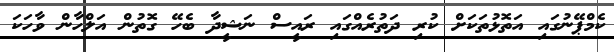
ކެމްޕޭނުގައި އަތޮޅުތަކަށް ކުރި ދަތުރެއްގައި ރައީސް ނަޝީދާ ބެހޭ ގޮތުން އަލްހާން ވާހަކަ